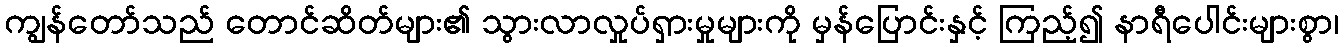
ကျွန်တော်သည် တောင်ဆိတ်များ၏ သွားလာလှုပ်ရှားမှုများကို မှန်ပြောင်းနှင့် ကြည့်၍ နာရီပေါင်းများစွာ၊